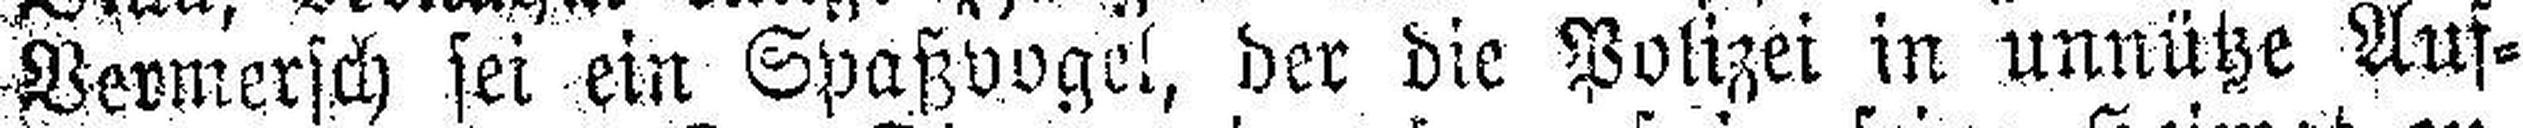
Vermersch sei ein Spaßvogel, der die Polizei in unnütze Auf¬